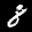
Label: 8